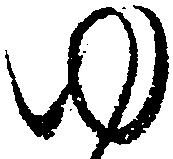
ゆ